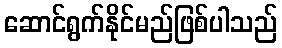
ဆောင်ရွက်နိုင်မည်ဖြစ်ပါသည်